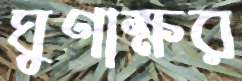
ঘুণাক্ষর